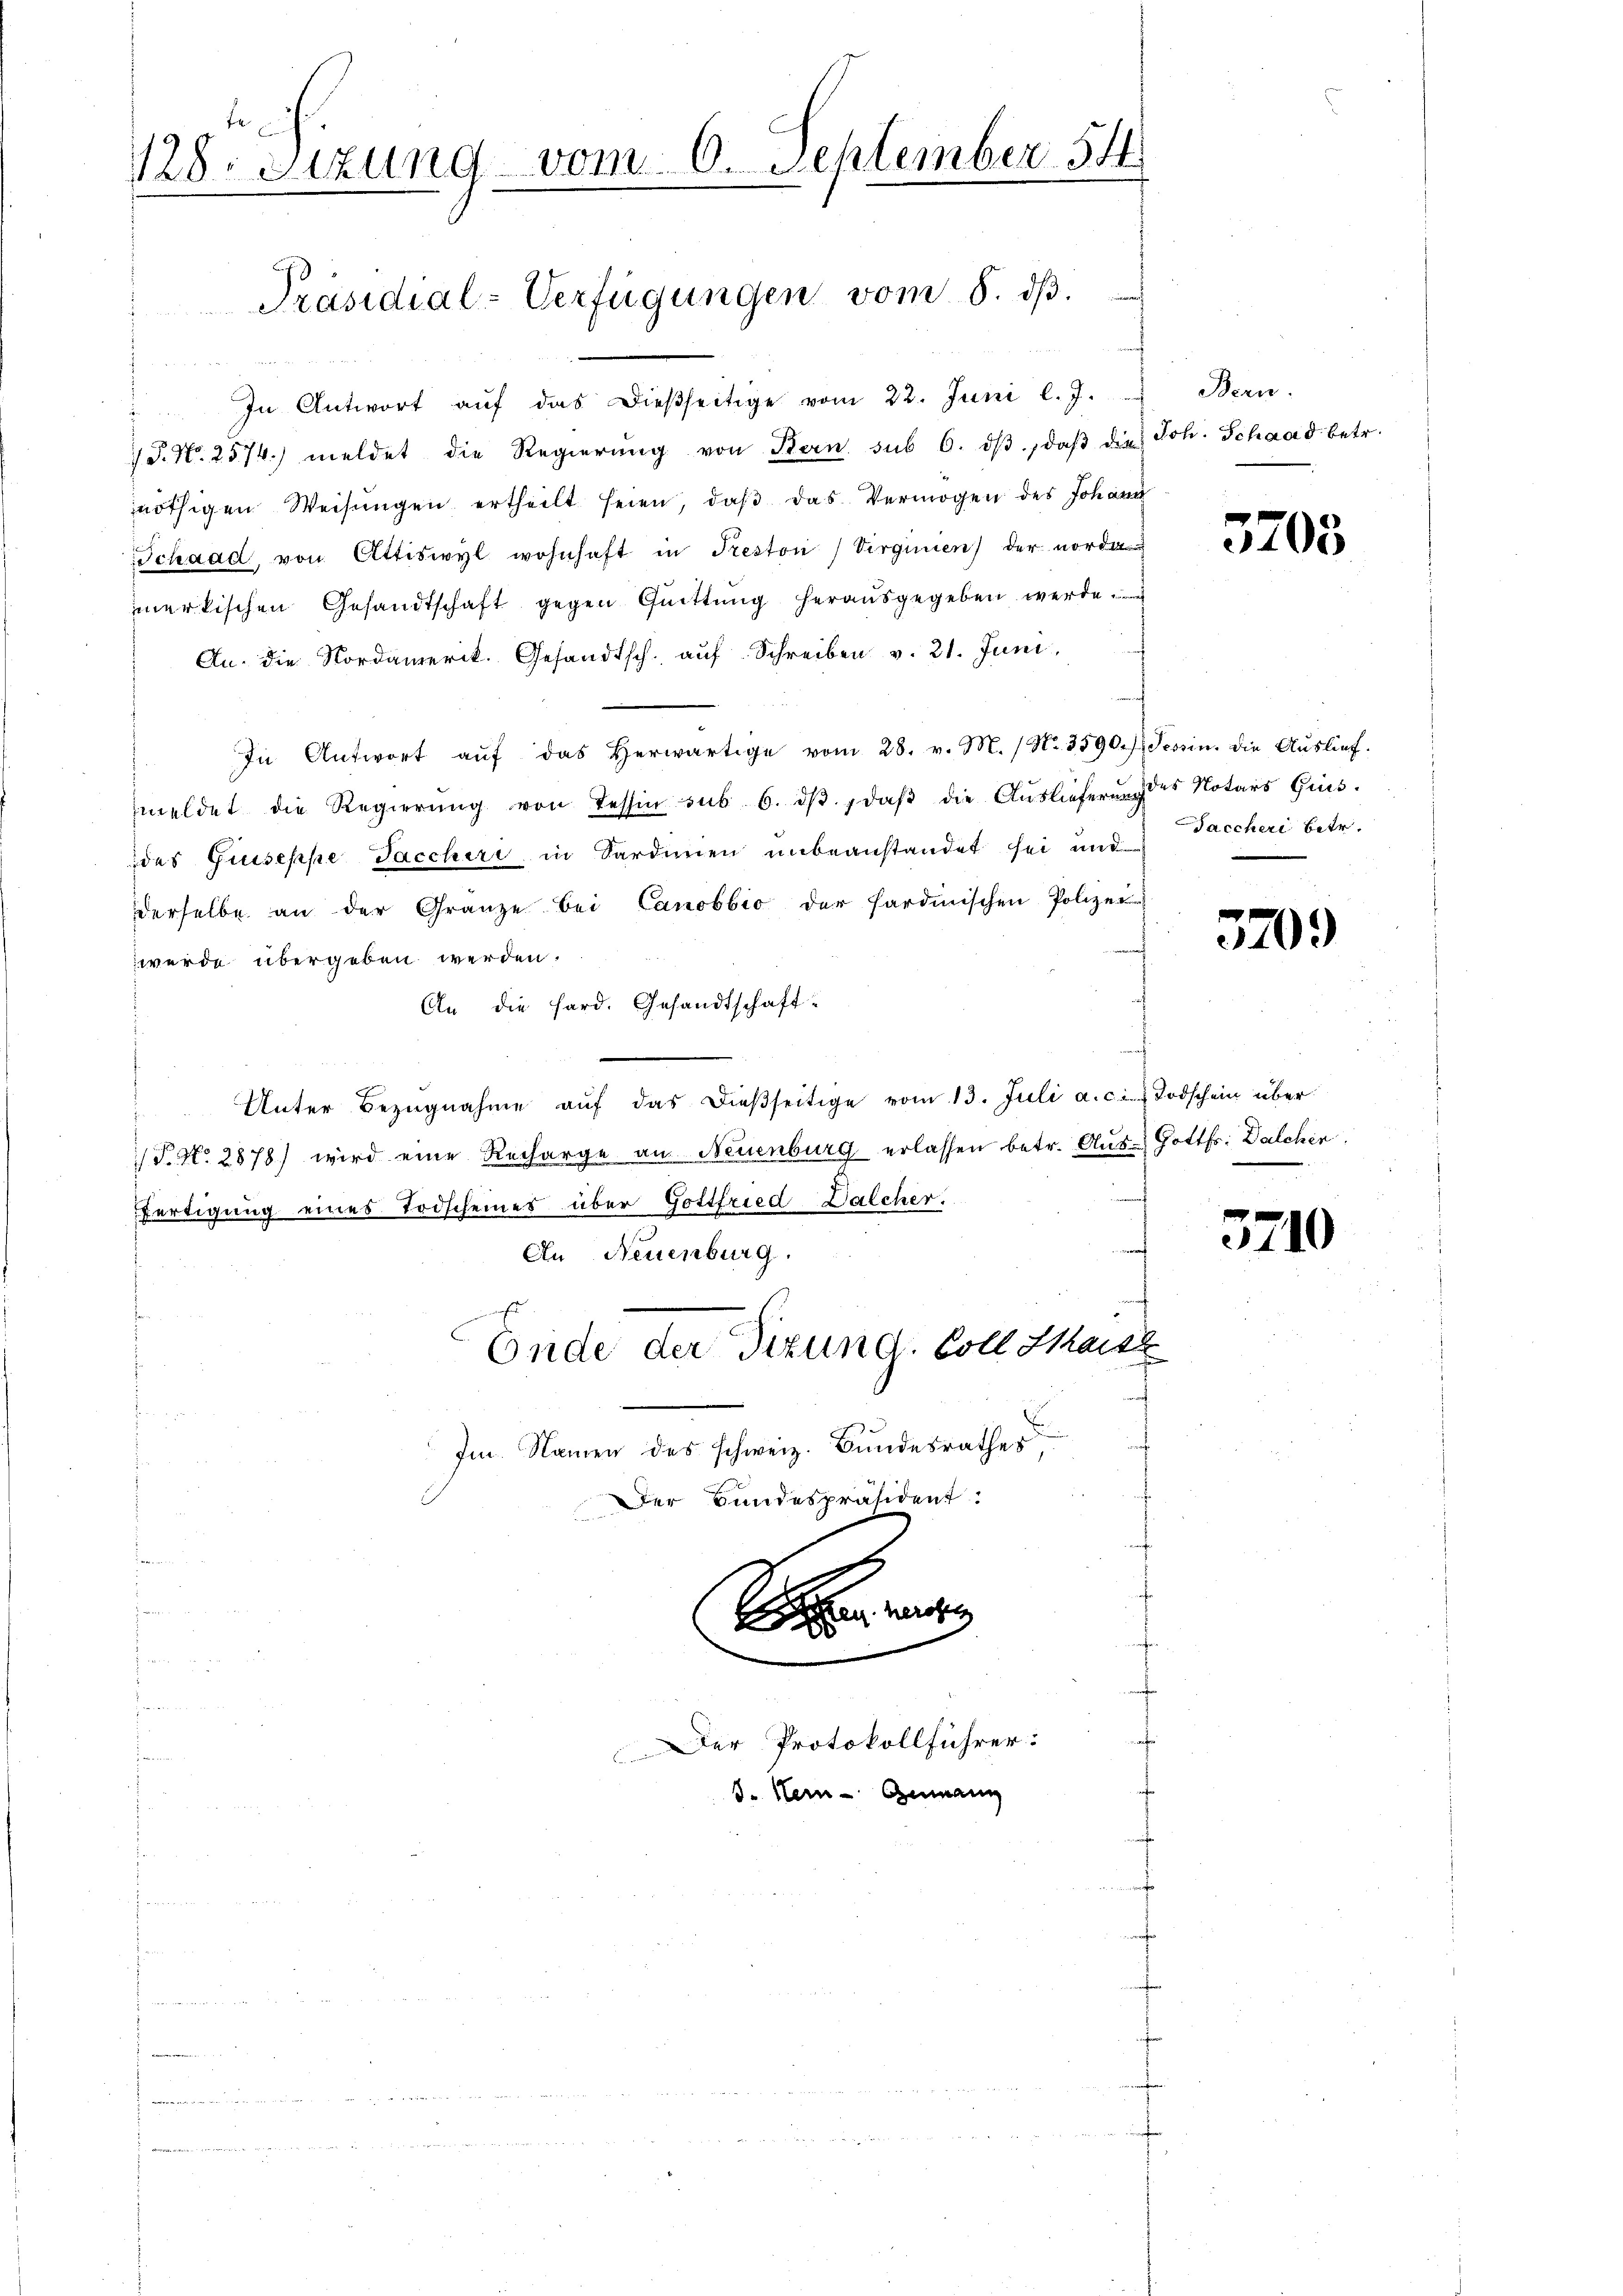
128. Sitzung vom 6. September 54

Präsidial-Verfügungen vom 8. dβ.

In Antwort aŭf das Dieβseitige vom 22. Juni l. J.
 P. Nr. 2574. meldet die Regierŭng von Bern sub 6. dβ, daβ die Joh. Schaad betr.
nöthigen Weisŭngen ertheilt seien, daβ das Vermögen des Johann
Schaad, von Attiswyl wohnhaft in Treston / Virginien) der norden
merkischen Gesandtschaft gegen Quittung herausgegeben werde
An. die Nordamerik. Gesandtsch. auf Schreiben v. 21. Juni,
In Antwort aŭf das herwärtige vom 28. v. M. (N. 3590. Tessin. Die Aŭslief.
meldet die Regierŭng von Tessin sub 6. dβ. , daβ die Aŭslieferŭng des Notars Ges.
das Giuseppe Tacchire in Sardinien unbeanstandet sei und
derselbe an der Gränze bei Canobbio der sardinischen Polizei-
wurde übergeben werden.
An die Hard. Gesandtschaft
Unter Bezŭgnahme aŭf das dießseitige vom 13. Juli a.c. Todschein über
 P. No. 2878) wird eine Recharge an Neuenburg erlassen betr. Aus- Gottfr. Dalcher
fertigung eines Todscheines über Gottfried Dalcher.
An Neuenburg.
s
Ende der Tizung. Coll Haisz
Im Namen des schweiz. Bundesrathes,
Der Bundespräsident.

S
Der Protokollführer:
d. Hein- Genann

Bern.

Saccheri betr.

3203

520.

3710